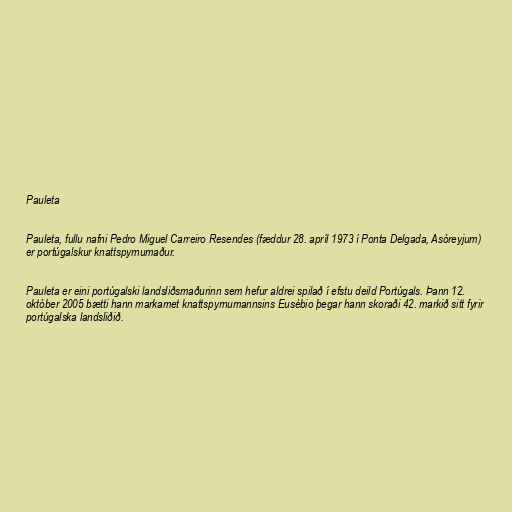
Pauleta

Pauleta, fullu nafni Pedro Miguel Carreiro Resendes (fæddur 28. apríl 1973 í Ponta Delgada, Asóreyjum)
er portúgalskur knattspyrnumaður.

Pauleta er eini portúgalski landsliðsmaðurinn sem hefur aldrei spilað í efstu deild Portúgals. Þann 12.
október 2005 bætti hann markamet knattspyrnumannsins Eusébio þegar hann skoraði 42. markið sitt fyrir
portúgalska landsliðið.